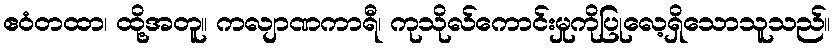
ဧဝံတထာ၊ ထို့အတူ။ ကလျာဏကာရီ၊ ကုသိုလ်ကောင်းမှုကိုပြုလေ့ရှိသောသူသည်။